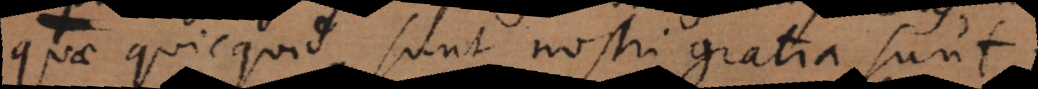
quae quicquid sunt nostri gratia sunt;